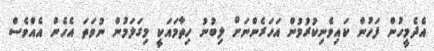
އެދެމީހުން ފަހުން ކައިވެނިކުރުމުން އަހަރެންނަށް ލިބުނު ހިތާމައަކީ މިގަލަމުން ނުވަތަ އެހެން އެއްވެސް